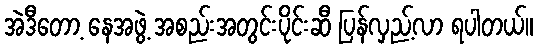
အဲဒီတော့ နေအဖွဲ့ အစည်းအတွင်းပိုင်းဆီ ပြန်လှည့်လာ ရပါတယ်။